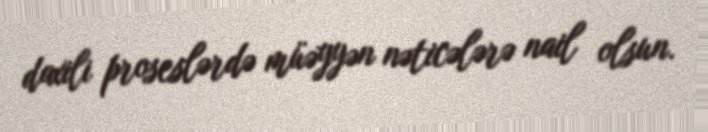
daxili proseslərdə müəyyən nəticələrə nail olsun.